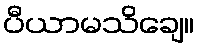
ပီယာမသိချေ။